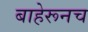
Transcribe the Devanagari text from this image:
बाहेरूनच